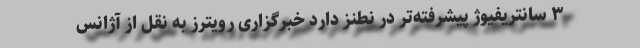
۳ سانتریفیوژ پیشرفته‌تر در نطنز دارد خبرگزاری رویترز به نقل از آژانس